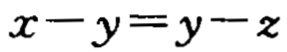
\(x - y = y - z\)